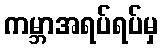
ကမ္ဘာအရပ်ရပ်မှ